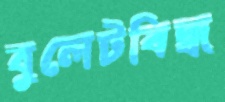
বুলেটবিদ্ধ